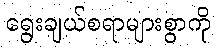
ရွေးချယ်စရာများစွာကို